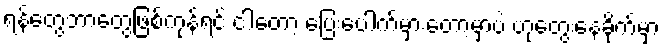
ရန်တွေဘာတွေဖြစ်ကုန်ရင် ငါတော့ ပြေးပေါက်မှားတော့မှာပဲ ဟုတွေးနေခိုက်မှာ